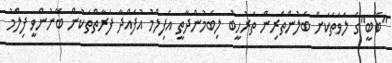
''ބޭބީ''ގެ ލަވަތަކަށް ބެލުންތެރިން ތަރުހީބު ލިބެމުންދާތީ އެފިލްމު އުފައްދާ ފަރާތްތަކުން ބޭނުންވީ ފިލްމު